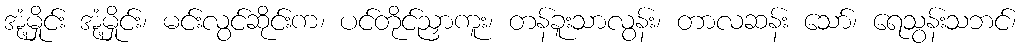
အုံ့မှိုင်း အုံ့မှိုင်း၊ မင်းလွင်ဆိုင်းက၊ ပင်တိုင်ညှာကူး၊ တန်ခူးသာလွန်း၊ တာလဆန်း သော်၊ ရေသွန်းသဘင်၊